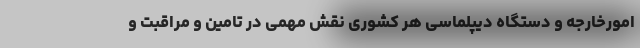
امورخارجه و دستگاه دیپلماسی هر کشوری نقش مهمی در تامین و مراقبت و